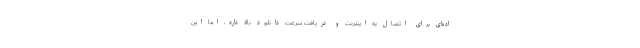
اده‌ای برای اتصال به اینترنت و دریافت سرعت دانلود بالا دارد، اما این